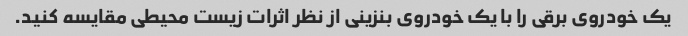
یک خودروی برقی را با یک خودروی بنزینی از نظر اثرات زیست محیطی مقایسه کنید.